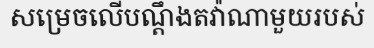
សម្រេចលើបណ្តឹងតវ៉ាណាមួយរបស់